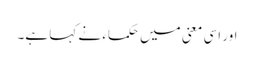
اور اسی معنی میں حکماء نے کہا ہے۔